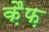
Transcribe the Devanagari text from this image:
क़ैफ़